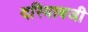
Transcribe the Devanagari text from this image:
दरियाबजी